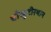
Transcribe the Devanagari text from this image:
चौखुटीस्थान